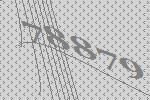
78879